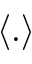
\langle . \rangle